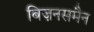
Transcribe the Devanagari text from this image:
बिज़नसमैन